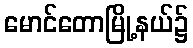
မောင်တောမြို့နယ်၌